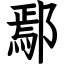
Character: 鄢